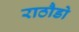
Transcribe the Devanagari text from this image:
राठौडो